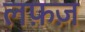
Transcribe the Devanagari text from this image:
लफ़ज़